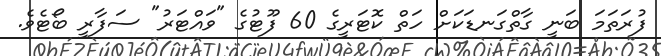
ފުރަތަމަ ބަނީ ގާތްގަނޑަކަށް ހަތް ކޮޓަރީގެ 60 ފޫޓުގެ "ވައްޓަރު" ސަފާރީ ބޯޓެވެ.